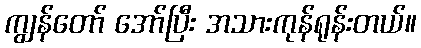
ကျွန်တော် အော်ပြီး အသားကုန်ရုန်းတယ်။